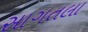
સાગતલા